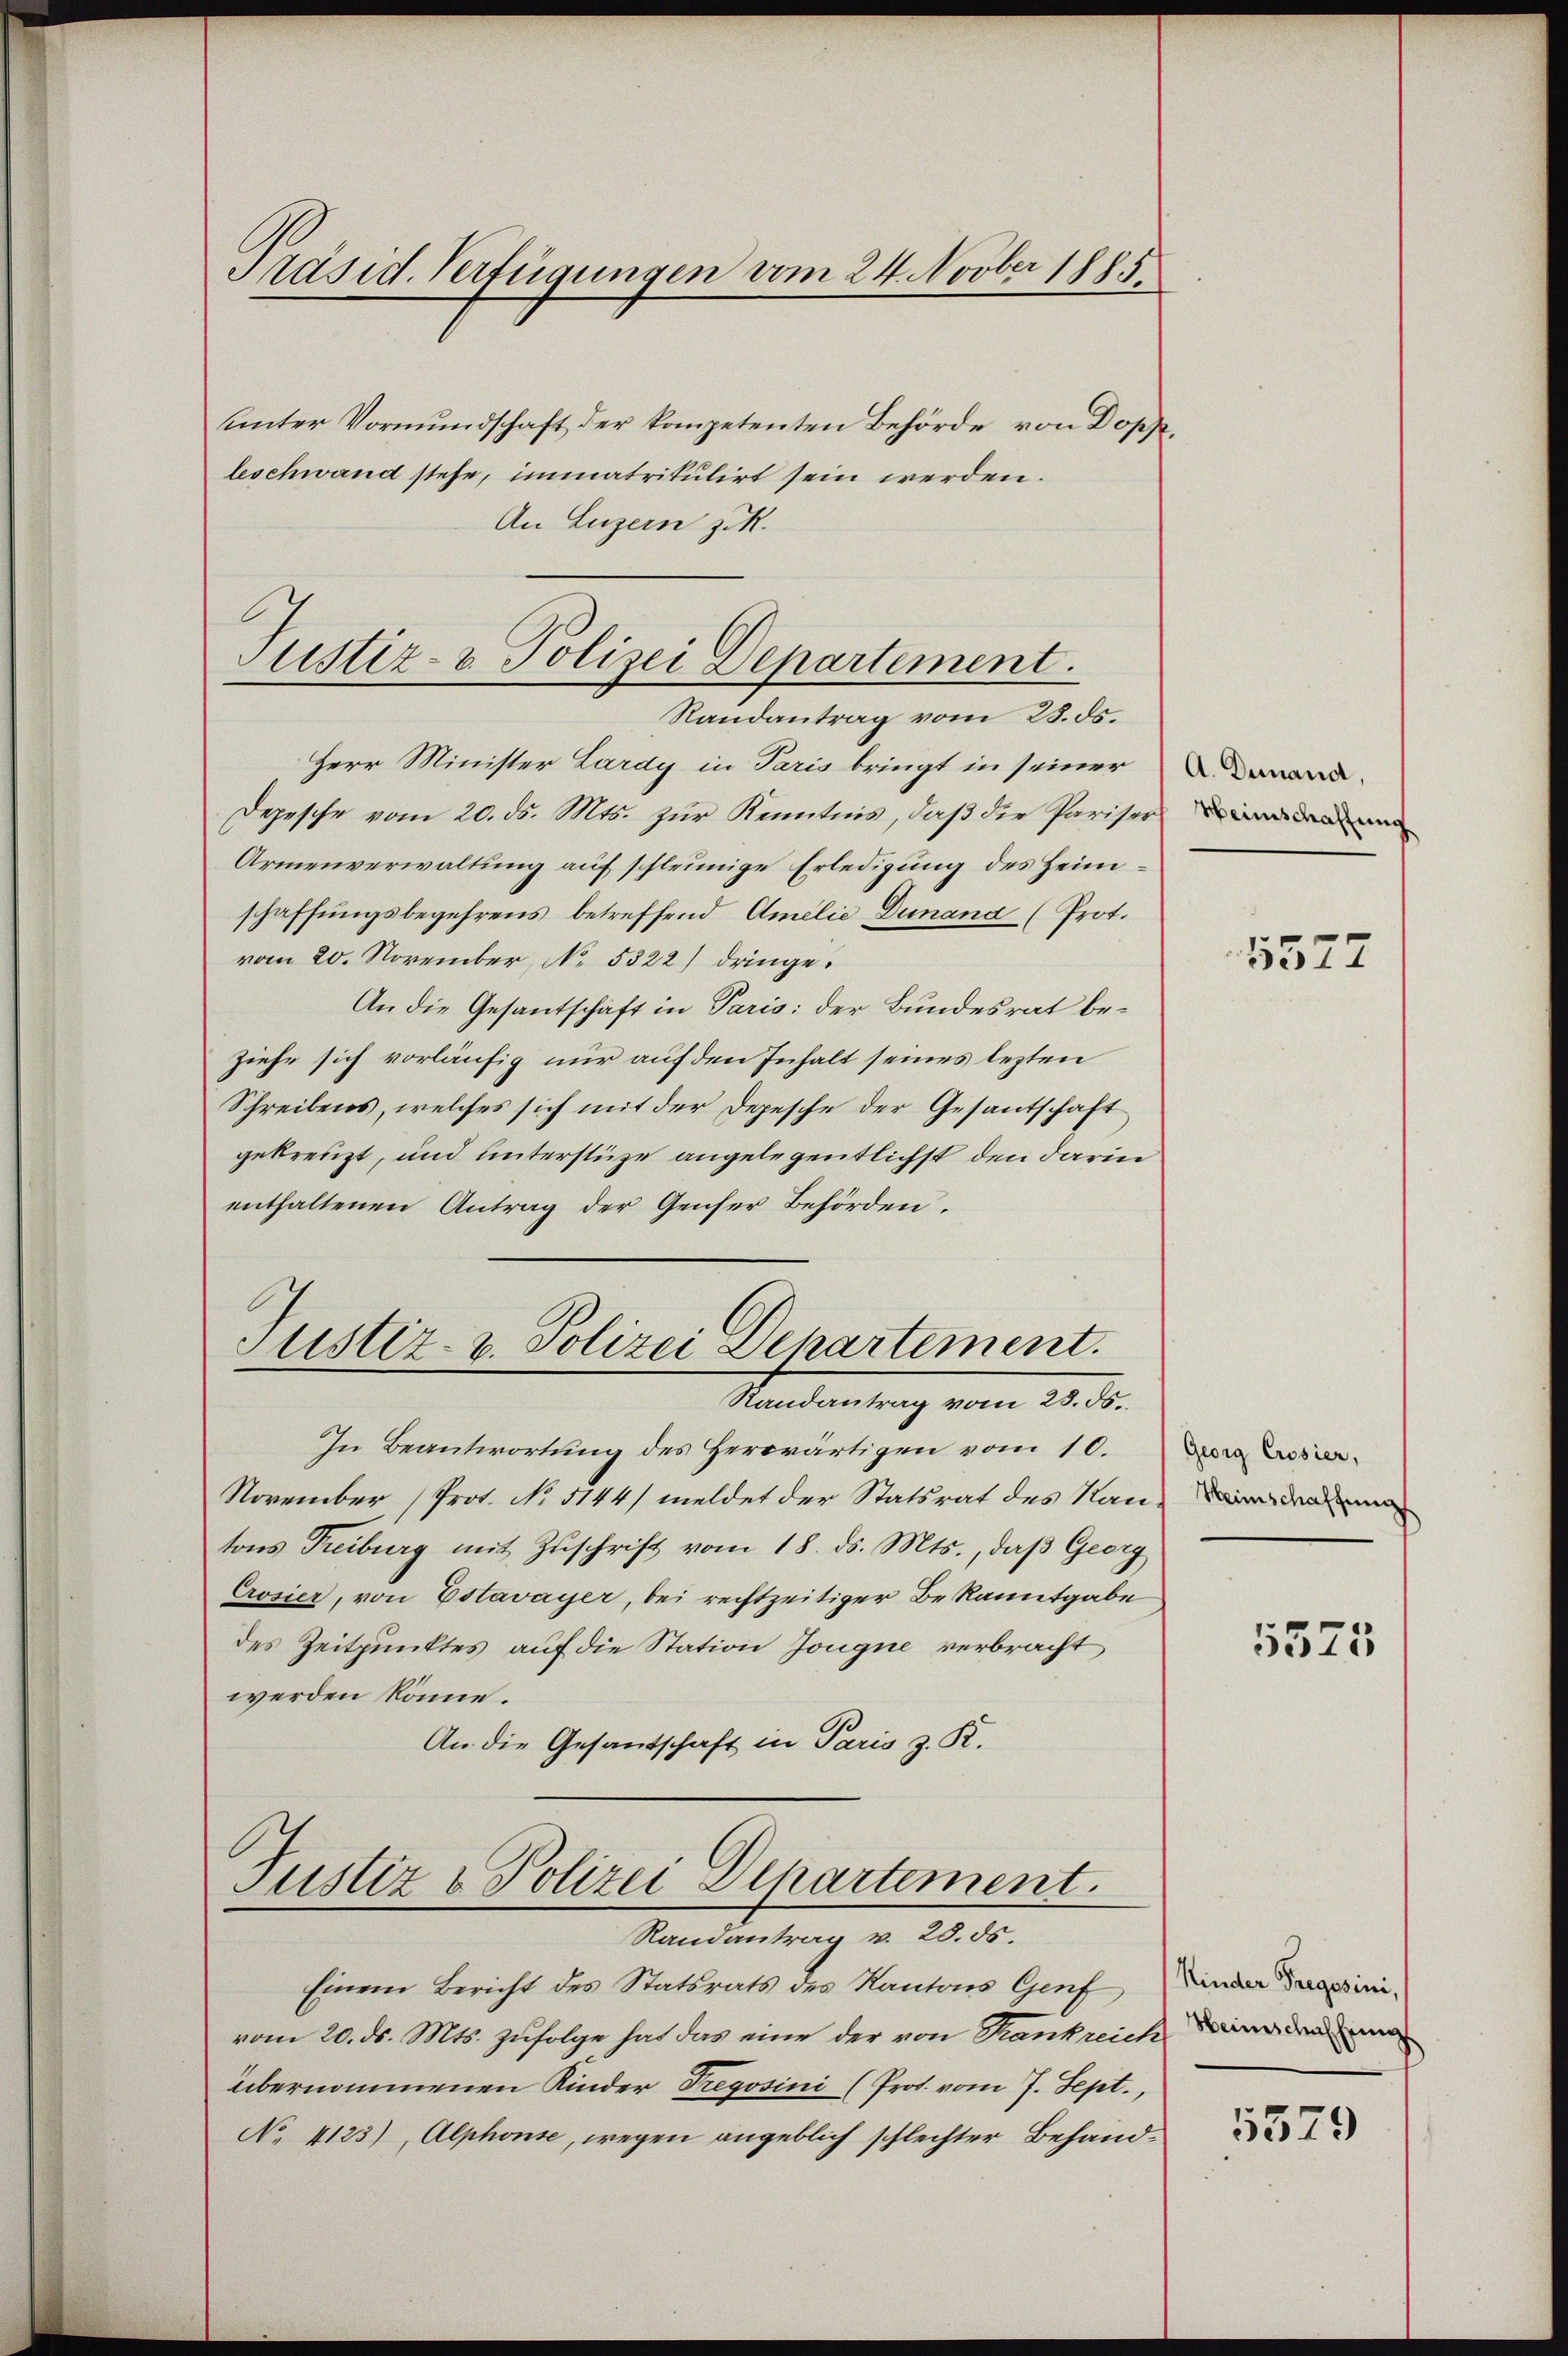
Präsid. Verfügungen vom 24. Novber 188

Unter Vormundschaft der kompetenten Behörde von Dopp.
leschwand stehe, immatrikulirt sein werden.
An Luzern zuk

Justiz- & Polizei Departement.

Justiz- u. Polizei Departement.
Randantrag vom 23. ds.

Justiz & Polizei Departement.
Randantrag v. 28. ds.

Randantrag vom 23. ds.
Herr Minister Lardy in Paris bringt in seiner
Depesche vom 20. ds. Mts. zur Kenntnis, daß die Parisern
Armenverwaltung auf schleunige Erledigung des Heimschaffungsbegehrens betreffend Amilie Dunana (Prot.
vom 20. November, No. 5322) dringe¬
An die Gesantschaft in Paris: der Bundesrat beziehe sich vorläufig nur auf den Inhalt seines lezten
Schreibens, welches sich mit der Depesche der Gesantschaft
gekreuzt, und unterstüze angelegentlichst den darin
enthaltenen Antrag der Genser Behörden.

A. Demand,

In Beantwortung des Herwärtigen vom 10.
November, (Prot. No 5144/ meldet der Statsrat des Nanin dem
tons Treiburg mit Zŭschrift vom 18. ds. Mts., daβ Georg
Crosier, von Estavayer, bei rechtzeitiger Bekanntgabe
des Zeitpunktes auf die Station Jougne verbracht
werden könne.
An die Gesandschaft in Paris z. R.

Einem Bericht des Statsrats des Kantons Genf
vom 20. ds. Mts. zufolge hat das eine der von Krankreich darina dem mei
übernommenen Kinder Treposini (Prot. vom 7. Sept.,
No. 4123), Alphonse, wegen angeblich schlechter Behand¬

5377

Georg Crosier,

5575

Kinder Gregosini,

5579